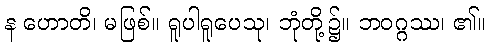
န ဟောတိ၊ မဖြစ်။ ရူပါရူပေသု၊ ဘုံတို့၌။ ဘဝဂ္ဂဿ၊ ၏။